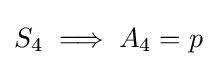
S_{4}\implies A_{4}=p